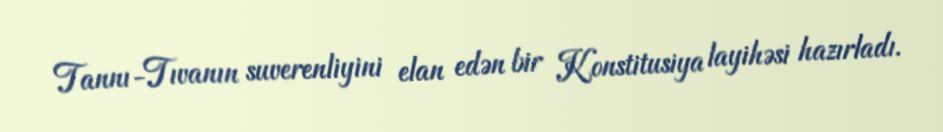
Tannı-Tıvanın suverenliyini elan edən bir Konstitusiya layihəsi hazırladı.